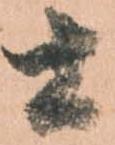
土